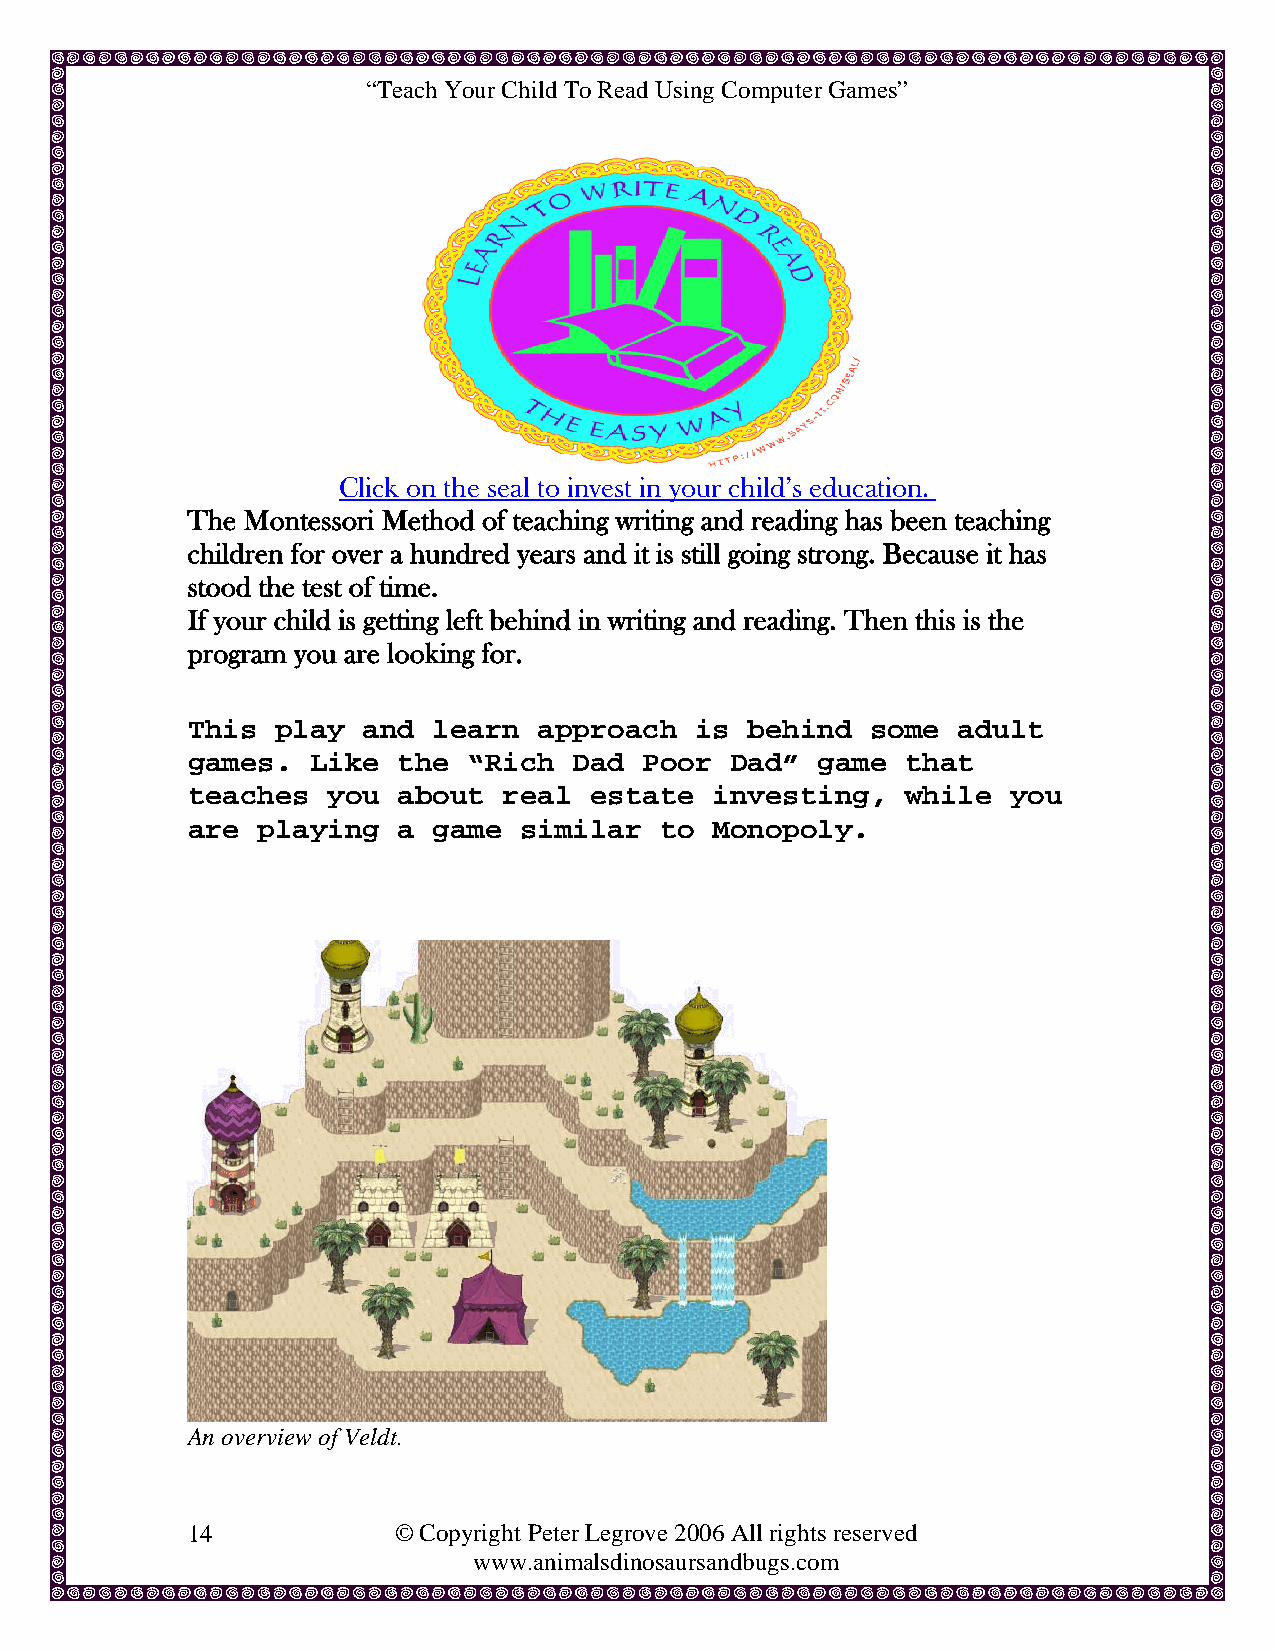
“Teach Your Child To Read Using Computer Games”
 Click on the seal to invest in your child’s education.
 The Montessori Method of teaching writing and reading has been teaching
 children for over a hundred years and it is still going strong. Because it has
 stood the test of time.
 If your child is getting left behind in writing and reading. Then this is the
 program you are looking for.
 This  play  and  learn  approach  is behind   some adult
 games.   Like the  “Rich  Dad  Poor Dad”  game  that
 teaches   you about  real  estate  investing,   while  you
 are  playing  a  game similar   to Monopoly.
 An overview of Veldt.
 14            © Copyright Peter Legrove 2006 All rights reserved
 www.animalsdinosaursandbugs.com